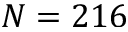
N = 2 1 6